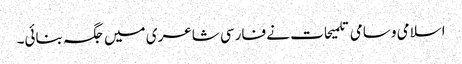
اسلامی وسامی تلمیحات نے فارسی شاعری میں جگہ بنائی۔